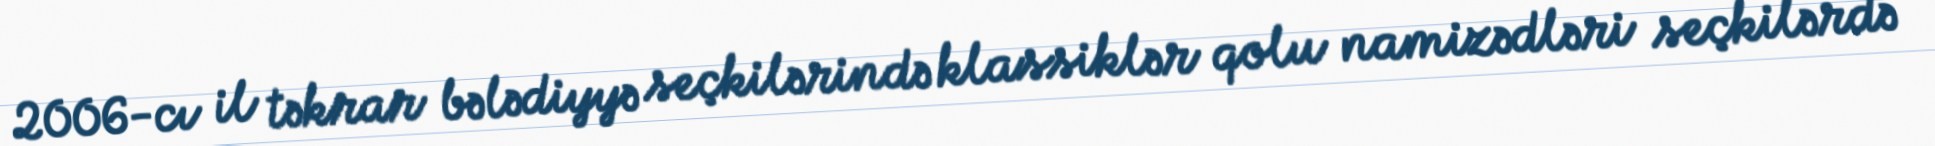
2006-cı il təkrar bələdiyyə seçkilərində klassiklər qolu namizədləri seçkilərdə